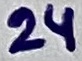
Text: 24